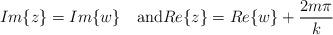
LaTeX: \begin{align*}Im\{z\}=Im\{w\}\quad{\rm and }Re\{z\}=Re\{w\}+\frac{2m\pi}{k}\end{align*}